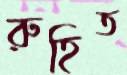
রুহিত